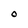
Character: O